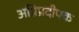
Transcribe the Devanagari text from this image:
अग्निप्रदीपक